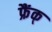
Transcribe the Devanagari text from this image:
फ्रैंक्